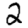
Digit: 2